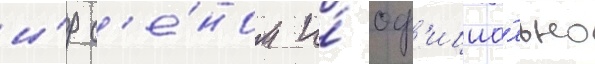
и́р с'е́ном и́ оф'ициа́льно